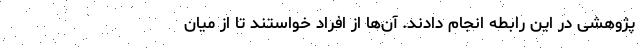
پژوهشی در این رابطه انجام دادند. آن‌ها از افراد خواستند تا از میان